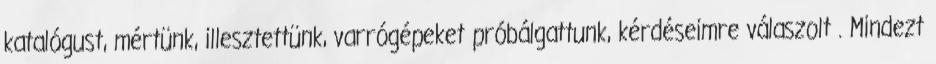
katalógust, mértünk, illesztettünk, varrógépeket próbálgattunk, kérdéseimre válaszolt . Mindezt